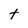
Character: t